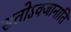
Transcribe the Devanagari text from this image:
सतोऽवजानाति